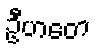
ဦဟတေ